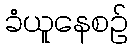
ခံယူနေစဉ်